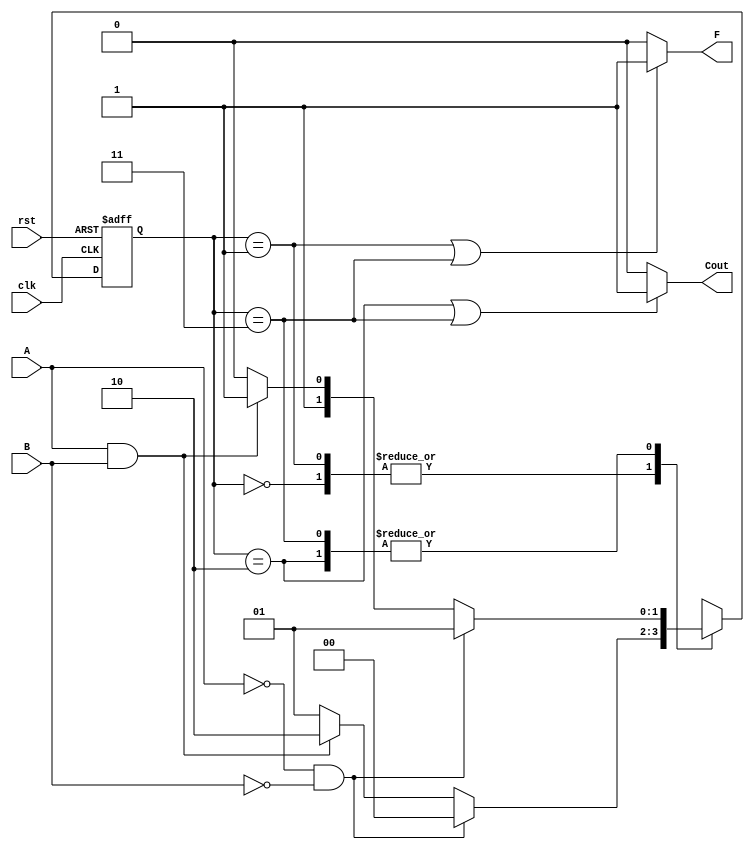
`timescale 1ns / 1ps
//////////////////////////////////////////////////////////////////////////////////
// Company: 
// Engineer: 
// 
// Design Name: 
// Module Name: SA
// Project Name: 
// Target Devices: 
// Tool Versions: 
// Description: 
// 
// Dependencies: 
// 
// Revision:
// Revision 0.01 - File Created
// Additional Comments:
// 
//////////////////////////////////////////////////////////////////////////////////


module SA(
input A,
input B,
output F,
output Cout,
input clk,
input rst
    );

// Define State Codes
localparam S0 = 2'b00;
localparam S1 = 2'b01;
localparam S2 = 2'b10;
localparam S3 = 2'b11;

reg [1:0] pState, nState;

// Combinational Logic: Next State Logic
always @ (pState, A, B)
begin
    case (pState)
        S0:begin
            if (A == 1'b0 && B == 1'b0)
                nState = S0;
            else if (A == 1'b1 && B == 1'b1)
                nState = S2;
            else
                nState = S1;
            end
        S1:
            if (A == 1'b0 && B == 1'b0)
                nState = S0;
            else if (A == 1'b1 && B == 1'b1)
                nState = S2;
            else
                nState = S1;
        S2:
            if (A == 1'b0 && B == 1'b0)
                nState = S1;
            else if (A == 1'b1 && B == 1'b1)
                nState = S3;
            else
                nState = S2;
        S3:
            if (A == 1'b0 && B == 1'b0)
                nState = S1	;
            else if (A == 1'b1 && B == 1'b1)
                nState = S3;
            else
                nState = S2;
        default:
            nState = S0;
    endcase
end

// State Registers
always @ (posedge(clk), posedge(rst))
begin
    if (rst == 1'b1)
        pState <= S0;
    else
        pState <= nState;
end

// Output Logic
assign F = (pState == S1 || pState == S3) ? 1'b1 : 1'b0;
assign Cout = (pState == S2 || pState == S3) ? 1'b1 : 1'b0;

endmodule